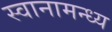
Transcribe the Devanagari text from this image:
स्वानामन्ध्य